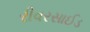
રીવરસાઈડ